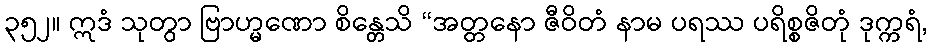
၃၅၂။ ဣဒံ သုတွာ ဗြာဟ္မဏော စိန္တေသိ “အတ္တနော ဇီဝိတံ နာမ ပရဿ ပရိစ္စဇိတုံ ဒုက္ကရံ,